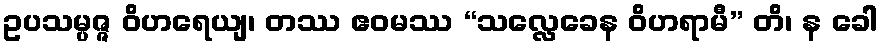
ဥပသမ္ပဇ္ဇ ဝိဟရေယျ၊ တဿ ဧဝမဿ “သလ္လေခေန ဝိဟရာမီ” တိ၊ န ခေါ